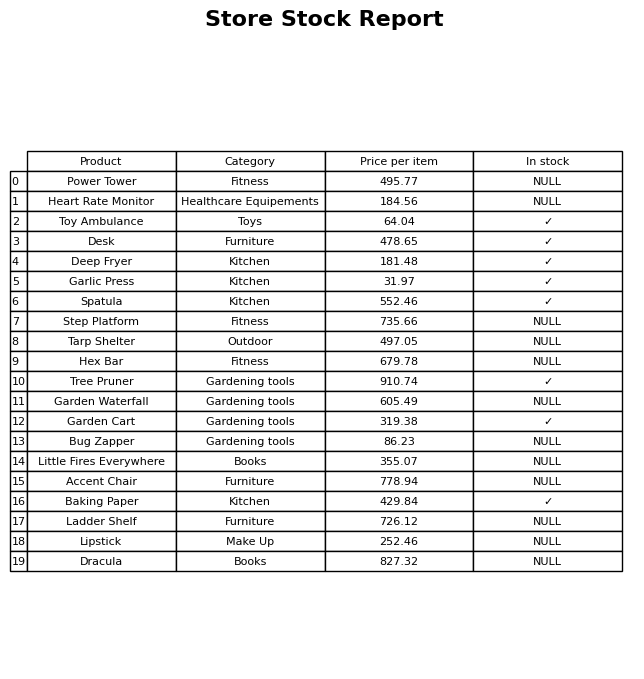
question: Which products are available in stock?
answer: Toy Ambulance, Desk, Deep Fryer, Garlic Press, Spatula, Tree Pruner, Garden Cart, Baking Paper